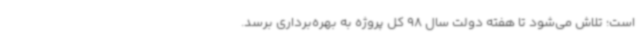
است؛ تلاش می‌شود تا هفته دولت سال 98 کل پروژه به بهره‌برداری برسد.